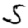
Digit: 5